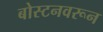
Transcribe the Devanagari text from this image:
बोस्टनवरून